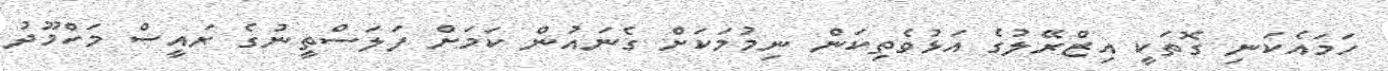
ހަމައެކަނި ގޮތަކީ އިޒްރޭލުގެ އަޅުވެތިކަން ނިމުމަކަށް ގެނައުން ކަމަށް ފަލަސްތީނުގެ ރައީސް މަހްމޫދު